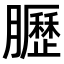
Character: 𫇀